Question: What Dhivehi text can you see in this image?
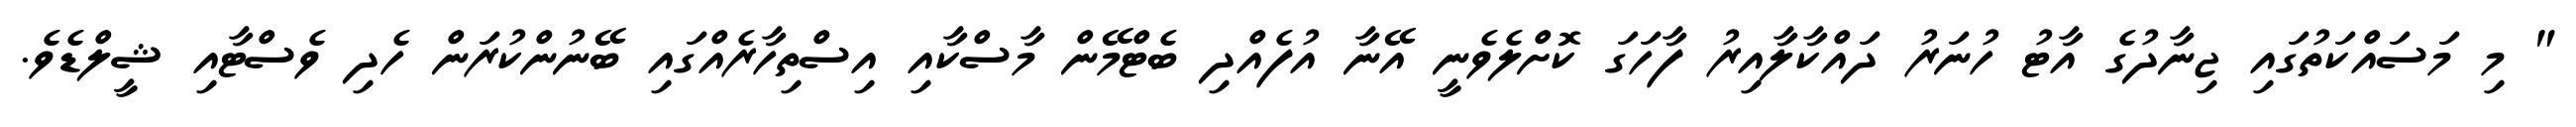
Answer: " މި މަސައްކަތުގައި ޖިނާދުގެ އާޓު ހުނަރު ދައްކާލާއިރު ފާހަގަ ކޮށްލެވެނީ އޭނާ އުފެއްދި ބެޓްމޭން މާސްކާއި އިސްތިހާރެއްގައި ބޭނުންކުރަން ހެދި ވެސްޓާއި ޝީލްޑެވެ.